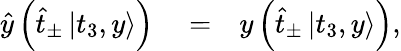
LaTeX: \begin{array}{rlr}{\hat{y}\left(\hat{t}_{\pm}\left|t_{3},y\right\rangle\right)}&{{}=}&{y\left(\hat{t}_{\pm}\left|t_{3},y\right\rangle\right),}\end{array}